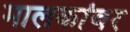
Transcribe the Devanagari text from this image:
मालकांवर